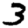
Digit: 3